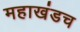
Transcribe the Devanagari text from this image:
महाखंडच